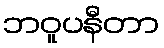
ဘဝူပနီတာ